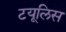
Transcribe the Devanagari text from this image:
टयूलिस